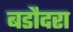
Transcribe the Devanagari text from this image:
बडौदरा